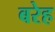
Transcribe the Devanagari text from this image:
बरेह